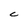
Character: C